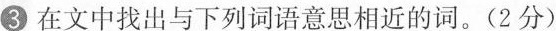
③在文中找出与下列词语意思相近的词。(2分)